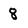
Character: 8